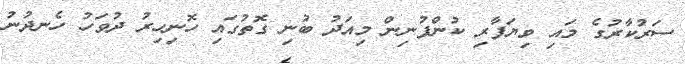
ސަރުކާރުގެ މައި ވިޔަފާރި ކުންފުނިން މިއަދު ބުނި ގޮތުގައި ހޮނިހިރު ދުވަހު ހެނދުނު